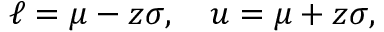
\ell = \mu - z \sigma , \quad u = \mu + z \sigma ,